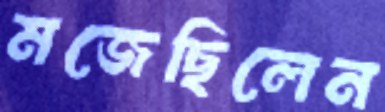
মজেছিলেন